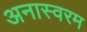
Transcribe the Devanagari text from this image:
अनास्वरम